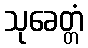
သုခေတ္တံ